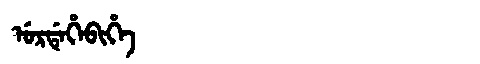
Manchu: ᡠᡵᡩᡝᡥᡝᠪᡳᡥᡝ
Romanization: URDEHEBIHE